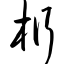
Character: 桁